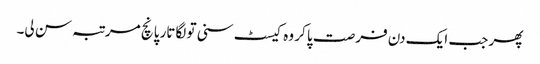
پھر جب ایک دن فرصت پا کر وہ کیسٹ سنی تو لگاتار پانچ مرتبہ سن لی۔